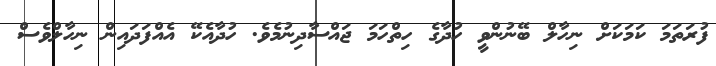
ފުރަތަމަ ކަމަކަށް ނިހާލް ބޭނުންވީ ހުދާގެ ހިތްހަމަ ޖައްސާދިނުމެވެ. ހުދާއެކޭ އެއްފަދައިން ނިހާލްވެސް